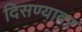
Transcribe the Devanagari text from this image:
दिसण्यावर